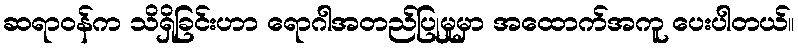
ဆရာဝန်က သိရှိခြင်းဟာ ရောဂါအတည်ပြုမှုမှာ အထောက်အကူ ပေးပါတယ်။